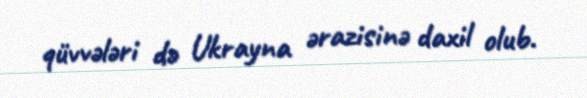
qüvvələri də Ukrayna ərazisinə daxil olub.